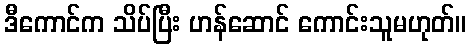
ဒီကောင်က သိပ်ပြီး ဟန်ဆောင် ကောင်းသူမဟုတ်။